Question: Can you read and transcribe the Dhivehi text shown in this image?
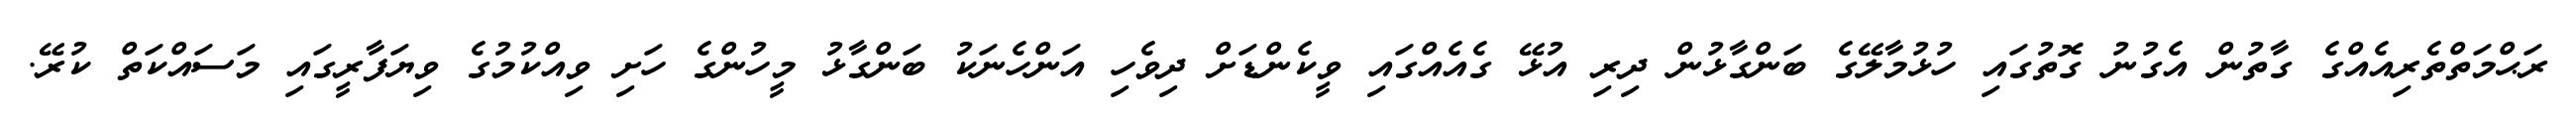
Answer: ރަޙްމަތްތެރިއެއްގެ ގާތުން އެގުނު ގޮތުގައި ހުޅުމާލޭގެ ބަންގާޅުން ދިރި އުޅޭ ގެއެއްގައި ވީކެންޑަށް ދިވެހި އަންހެނަކު ބަންގާޅު މީހުންގެ ހަށި ވިއްކުމުގެ ވިޔަފާރީގައި މަސައްކަތް ކުރޭ.